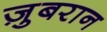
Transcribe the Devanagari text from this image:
ज़ुबरान